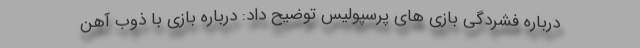
درباره فشردگی بازی های پرسپولیس توضیح داد: درباره بازی با ذوب آهن